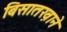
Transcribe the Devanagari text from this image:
बिसातख़ाने